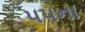
૫૫ના